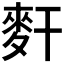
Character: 𪌃